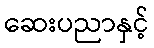
ဆေးပညာနှင့်